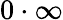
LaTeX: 0\cdot\infty